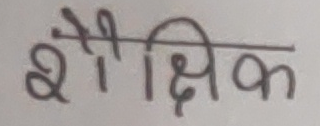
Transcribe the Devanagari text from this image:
शैक्षिक